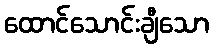
ထောင်သောင်းချီသော